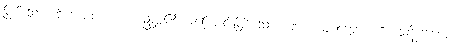
ဖြစ်သော။ ဝိက္ခေပပစ္စယော၊ ဥဒ္ဓစ္စ၏ အကြောင်းဖြစ်သော။ ဗျာပါဒဝိတက္ကော၊ ကို။ သုနိဂ္ဂဟော၊